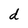
Character: d